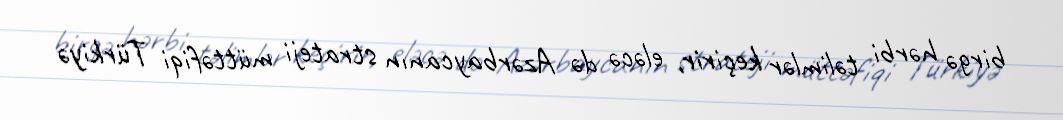
birgə hərbi təlimlər keçirir, eləcə də Azərbaycanın strateji müttəfiqi Türkiyə